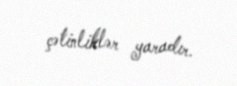
çətinliklər yaradır.